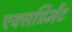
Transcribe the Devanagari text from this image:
एक्सप्रिमेंट